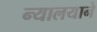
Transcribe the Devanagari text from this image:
न्यालयाने